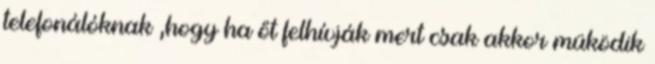
telefonálóknak ,hogy ha őt felhívják mert csak akkor müködik